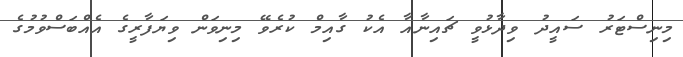
މިނިސްޓަރު ސައީދު ވިދާޅުވީ ޗައިނާއާ އެކު ގާއިމް ކުރެވޭ މިނިވަން ވިޔަފާރީގެ އެއްބަސްވުމުގެ